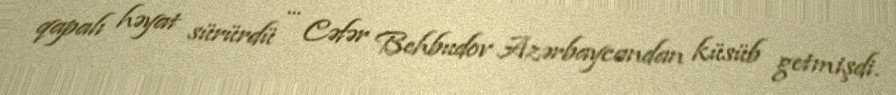
qapalı həyat sürürdü ... Cəfər Behbudov Azərbaycandan küsüb getmişdi.